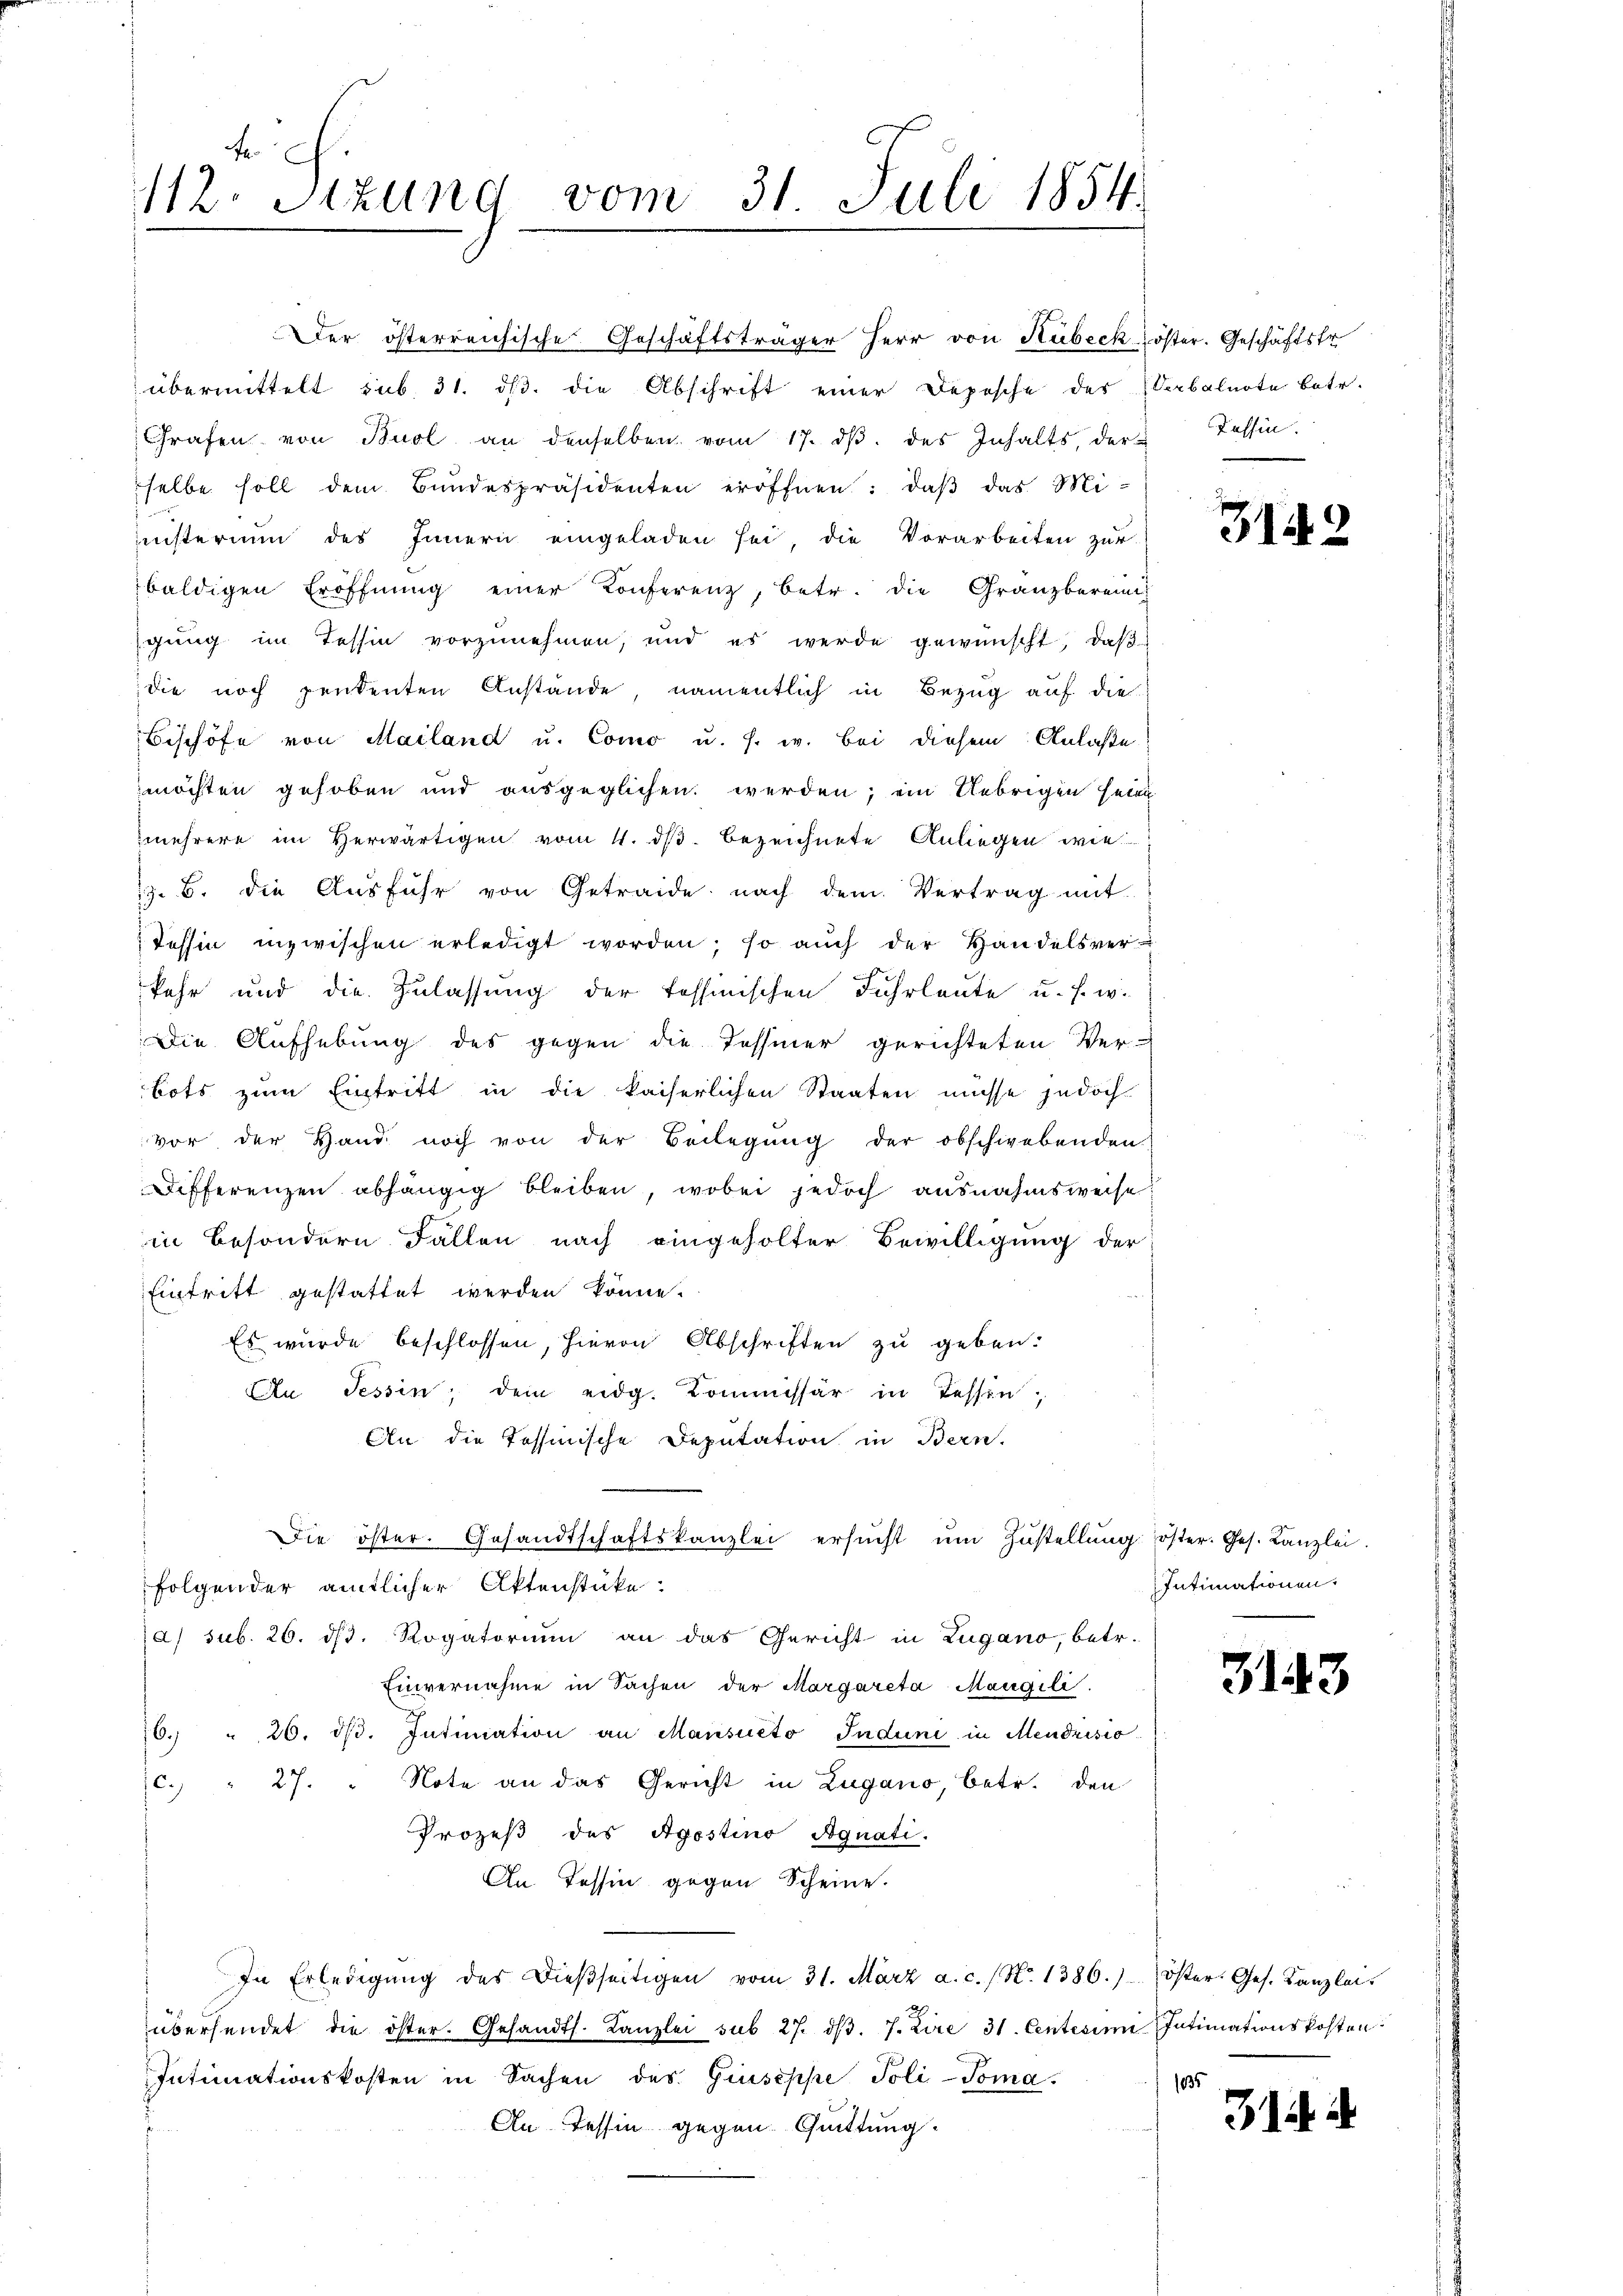
t
112. Sizung vom 31. Juli 1854.

Der österreichische Geschäftsträger Herr von Hubeck Köster. Geschäftstr
übermittelt sub. 31. dβ. die Abschrift einer Depesche der erbalnote betr.
Grafen von Buol an denselben vom 17. dβ. des Inhalts, der Tessin.
selbe soll dem Bundespräsidenten eröffnen: daβ das Miinisterium des Innern eingeladen sei, die Vorarbeiten zur
baldigen Eröffnŭng einer Konferenz, betr. die Granzberein
gung im Tessin vorzunehmen, und es werde gewünscht, daβ
die noch pendenten Anstände, namentlich in Bezug auf die
Bischöfe von Mailand u. Como u. s. w. bei diesem Anlaße
möchten gehoben und ausgeglichen werden; ein Uebrigen Heir
mehrere im herwärtigen vom 4. dβ bezeichnete Anliegen wie
z. B. die Ausführ von Getraide nach dem Vertrag mit
Tessin inzwischen erledigt worden; so auch der Handelsverkehr und die Zulassung der Tessinischen Fuhrleute u. s. w.
Die Aufhebung des gegen die Tessiner gerichteten Ver-
bots zum Eintritt in die kaiserlichen Staaten müsse jedoch
vor der Hand noch von der Beilegung der obschwebenden
Differenzen abhängig bleiben, wobei jedoch ausnahmsweise:
in besondern Fällen nach eingeholter Bewilligung der
Eintritt gestattet werden könne.
Es wurde beschlossen, hievon Abschriften zu geben.
An Tessin, dem eidg. Kommissär in Tessin,
An die Tessinische Deputation in Bern.
Die öster. Gesandtschaftskanzlei ersŭcht ŭm Zŭstellŭng öster. Ges. Kanzlei.
folgender amtlicher Aktenstücke:
2) sub. 26. ds. Rogatorium an das Gericht in Zugano, betr.
Einvernahme in Sachen der Margareta Maugili.
6. " 20. dβ. Intimation an Mansacto Induni in Mendrisio
27. Note an das Gericht in Zugano, betr. den
6.)
Prozeß des Apostino Agnati.
An Tessin gegen Scheine.
In Erledigŭng des dieβseitigen vom 31. März a. c. (N. 1386.) Öster. Ges. Kanzlei-
übersendet die öster. Gesandts. Kanzlei sub 27. dβ. 7. Zire 31. Centesinn Intimationskosten
Intimationskosten in Sachen des Giuseppe Poli-Toma
.
An Tessin gegen Quittung.

31.

Intimationen.

3143

1635

314